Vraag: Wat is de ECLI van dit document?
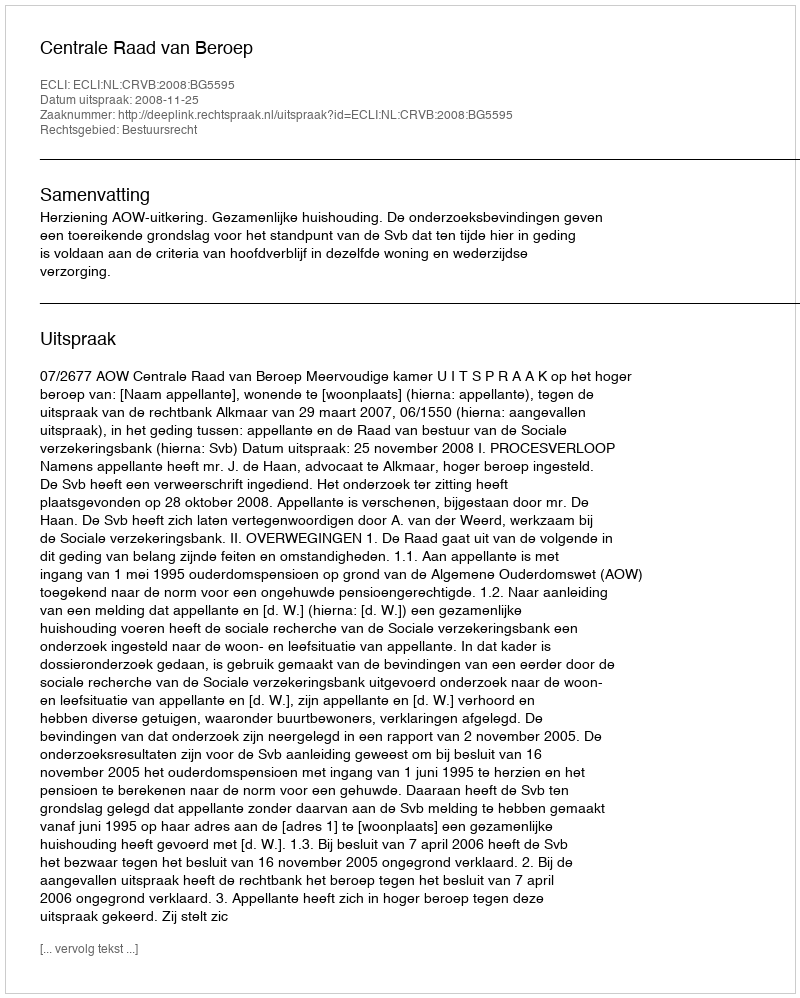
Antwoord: ECLI:NL:CRVB:2008:BG5595